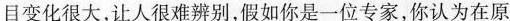
目变化很大，让人很难辨别，假如你是一位专家，你认为在原